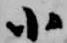
小